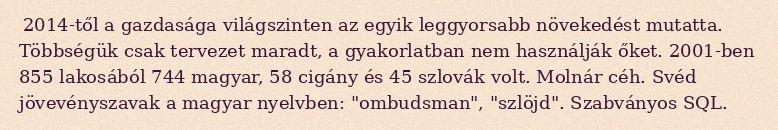
2014-től a gazdasága világszinten az egyik leggyorsabb növekedést mutatta. Többségük csak tervezet maradt, a gyakorlatban nem használják őket. 2001-ben 855 lakosából 744 magyar, 58 cigány és 45 szlovák volt. Molnár céh. Svéd jövevényszavak a magyar nyelvben: "ombudsman", "szlöjd". Szabványos SQL.